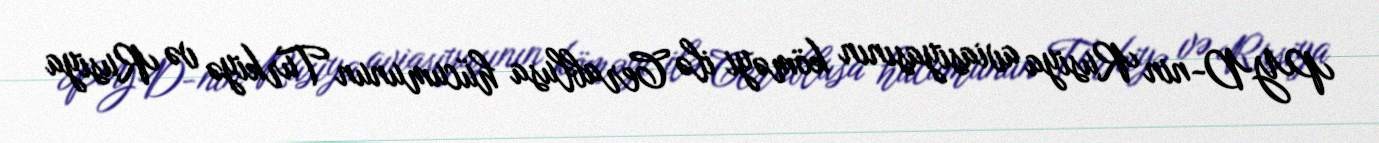
PYD-nin Rusiya aviasiyasının köməyi ilə Cerablusa hücumunun Türkiyə və Rusiya